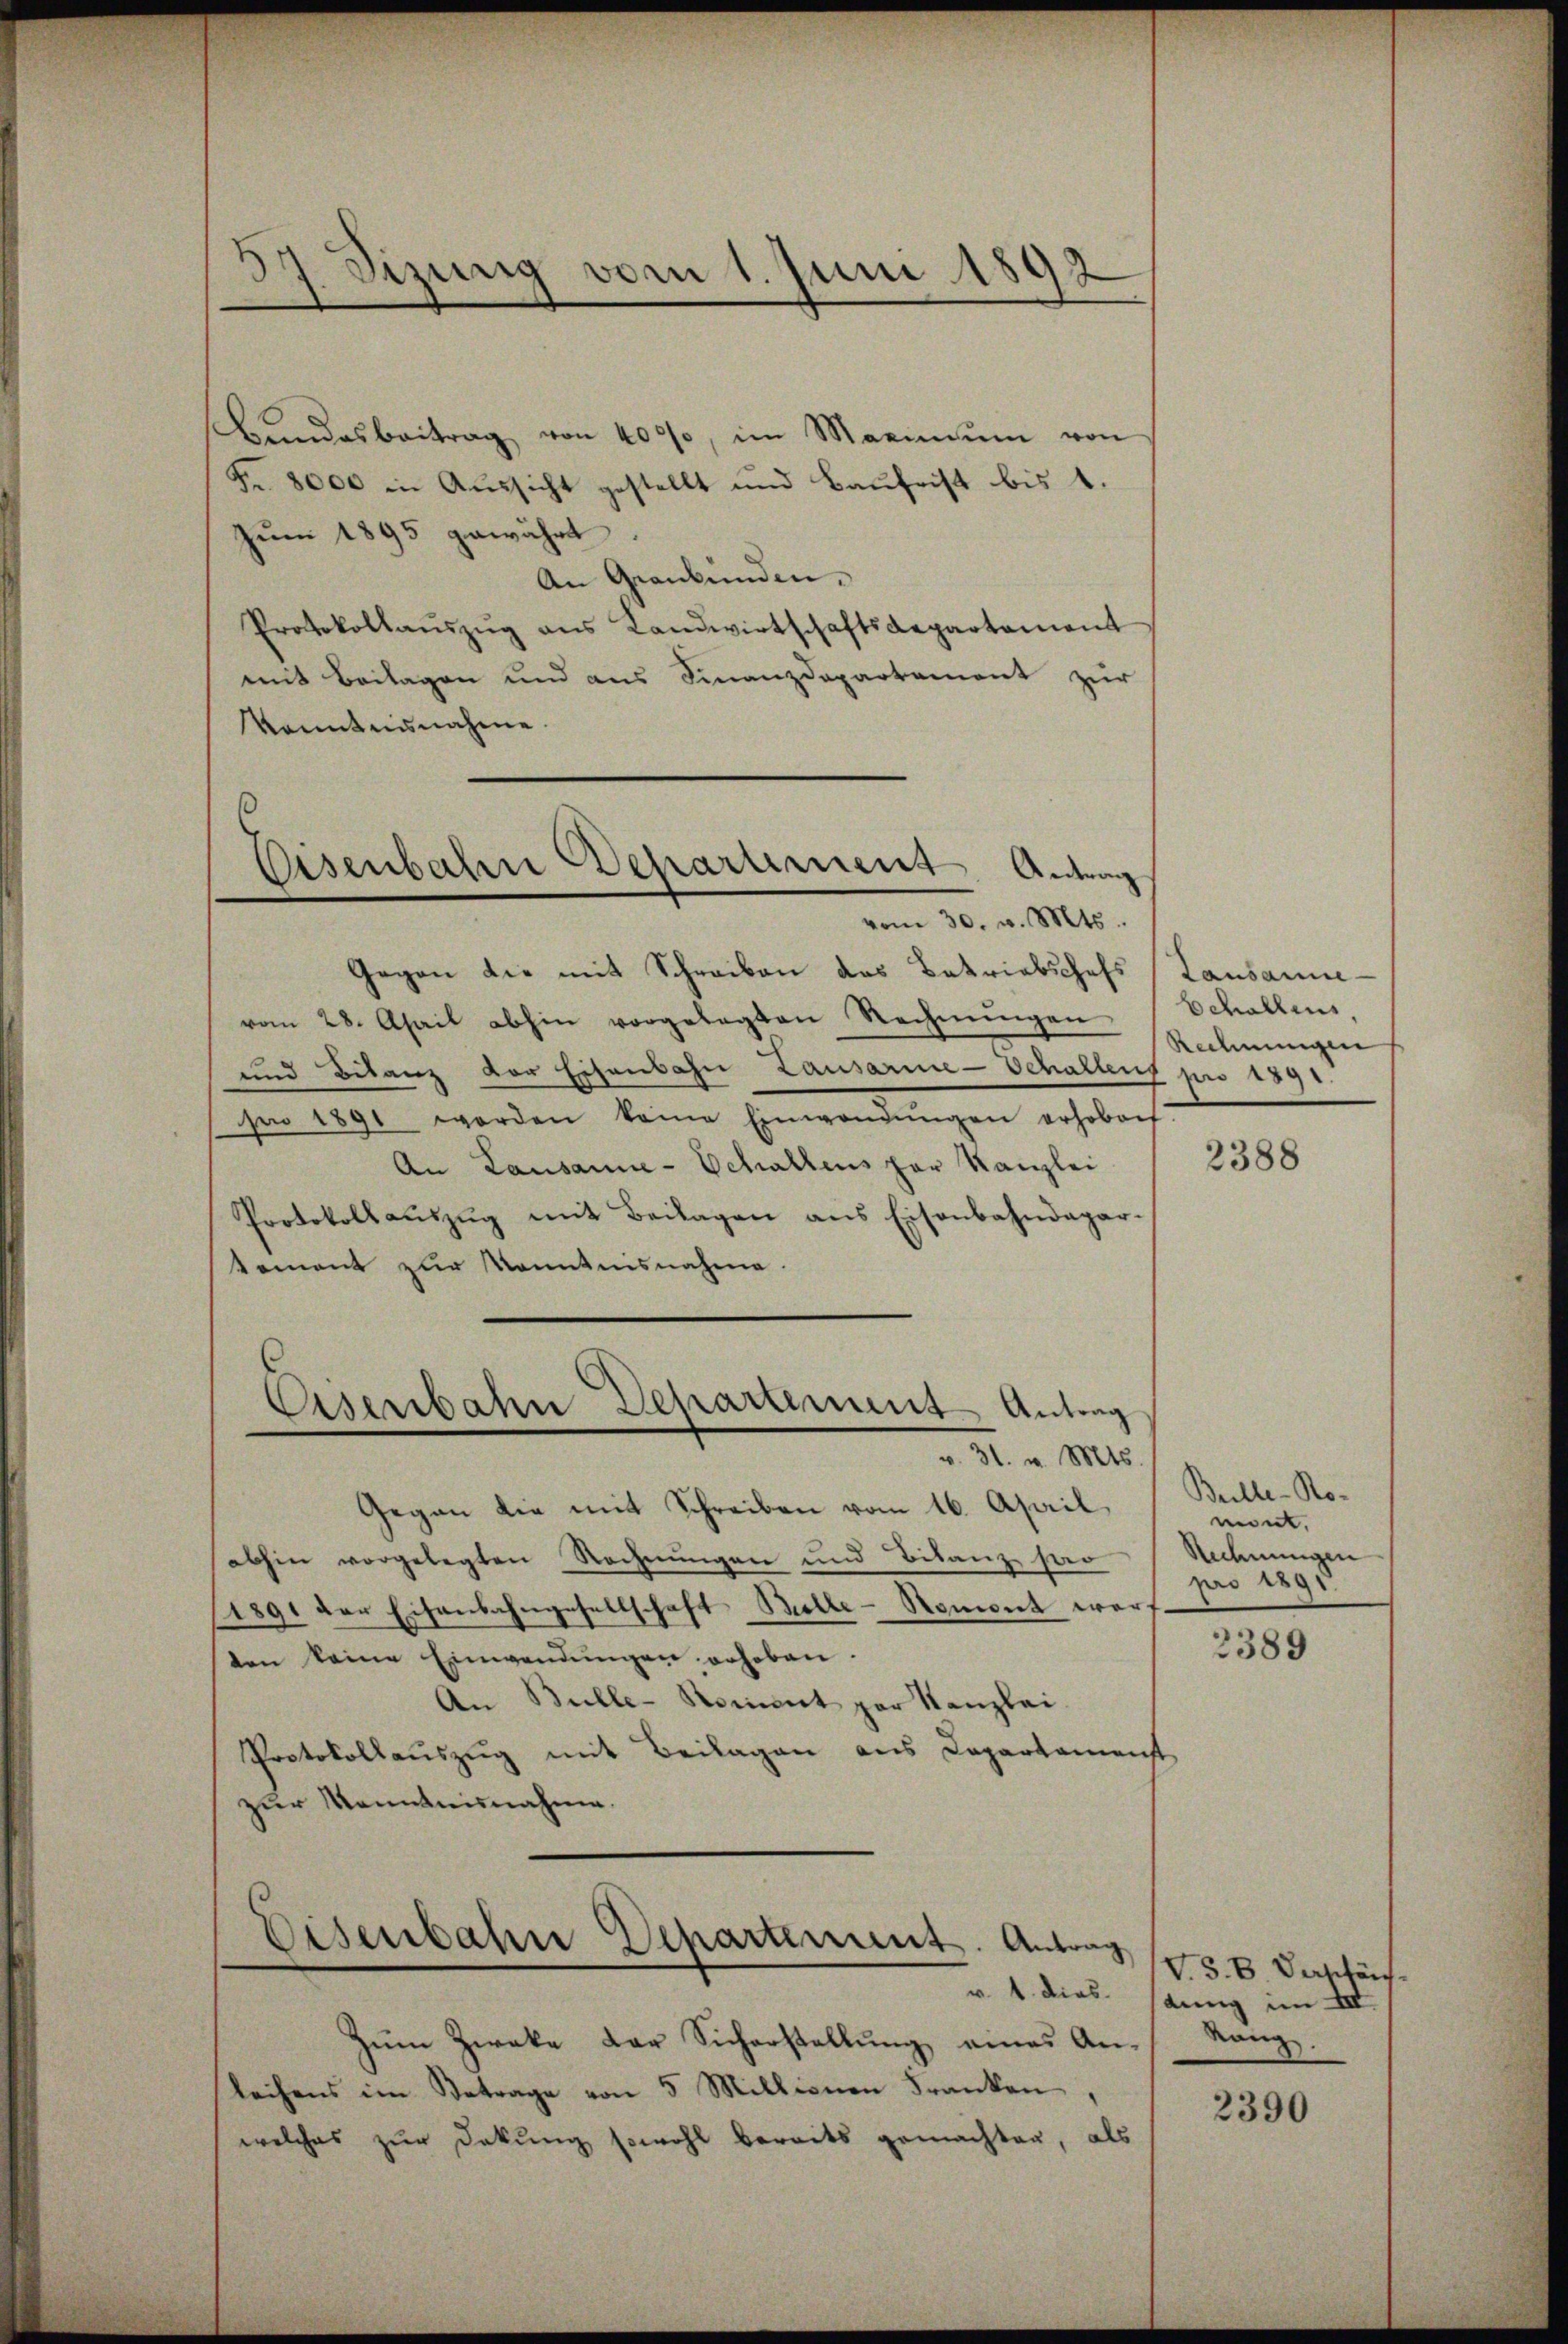
Bundesbeitrag von 4000, im Maximŭm von
Fr. 8000 in Aussicht gestellt und Baufrist bis 1.
Zum 1895 gewährt.
An Graubünden.
Protokollaŭszŭg ans Landwirtschaftsdepartement
mit Beilagen und aus Finanzdepartement zur
kanntnisnahme.

57. Sizung vom 1. Juni 1892

6
Eisenbahne Departement Antrag

Eisenbahn Departement Antrag

vom 30. v. Mts.
Gegen die mit Schreiben das Betriebschafs
vom 28. April abhin vorgelegten Rechnŭngen
und Bilanz vor Eisenbahn Lausarie-Schallens pro 1891.
se 1891 werden keine Einwendungen erhoben
An Lausanne-Schaltens par Kanzlei
Protokollaŭszŭg mit Beilagen ans Eisenbahndagar-
kement zur Kenntnisnahme.
v. 31. v. Mts.
Gegen die mit Schreiben vom 16. April
abhin vorgelegten Rechnungen und Bilanz har
1891 der Eisenbahngesellschaft Bulle - Nament warf
ten keine Einwendŭngen erhoben.
An Bulle-Roment par Kanzlei.
Protokollauszug mit Beilagen aus Departamens
zur Kenntnisnahme.

Eisenbahn Departement. Antrag

v. 1. dies
Zum Zweke der Sicherstellung eines Anleihens im Betrage von 5 Millionen Franken
welches zur Dekŭng sowohl bereits gemachten, als

Lausanne
Schallens,
Rechnungen
t

2388

Bulle-Romont.
Rechnungen
pro 1891

2389

V S. B. Verschäf
dung im III
Rang

2390